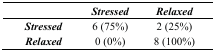
<table><thead><tr><td></td><td><b><i>Stressed</i></b></td><td><b><i>Relaxed</i></b></td></tr></thead><tbody><tr><td><b><i>Stressed</i></b></td><td>6 (75%)</td><td>2 (25%)</td></tr><tr><td><b><i>Relaxed</i></b></td><td>0 (0%)</td><td>8 (100%)</td></tr></tbody></table>